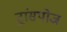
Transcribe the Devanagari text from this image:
ट्रांसपोज